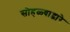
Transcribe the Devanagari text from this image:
सोहळ्याद्वारे